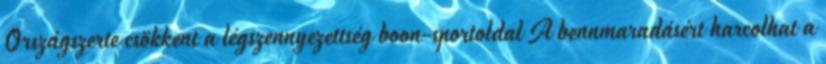
Országszerte csökkent a légszennyezettség boon-sportoldal A bennmaradásért harcolhat a